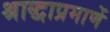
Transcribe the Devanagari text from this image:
श्राद्धाप्रमाणें